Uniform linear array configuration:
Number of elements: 8
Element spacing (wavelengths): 1
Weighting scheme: hamming
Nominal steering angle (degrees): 60
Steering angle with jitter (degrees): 61.146
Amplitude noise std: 0.05
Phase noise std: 0.05

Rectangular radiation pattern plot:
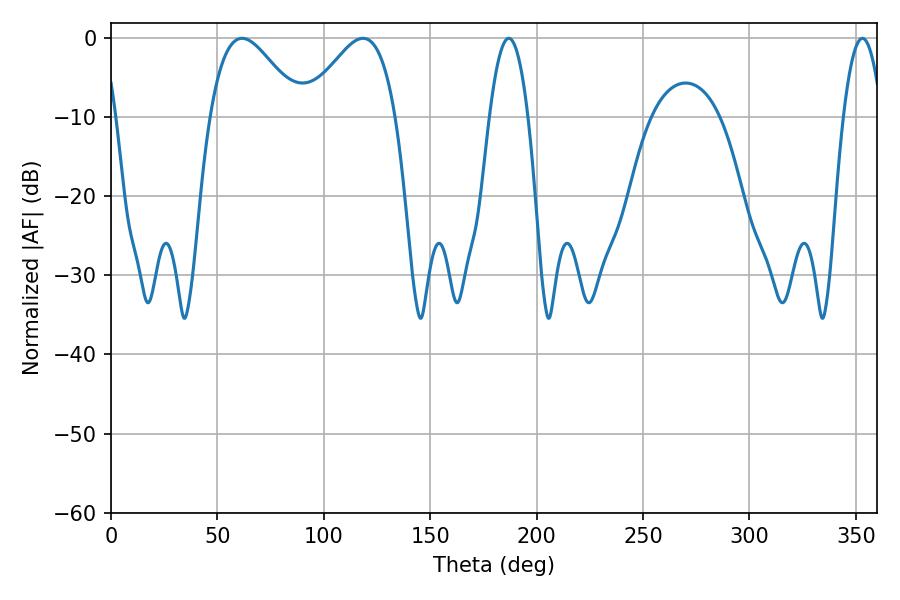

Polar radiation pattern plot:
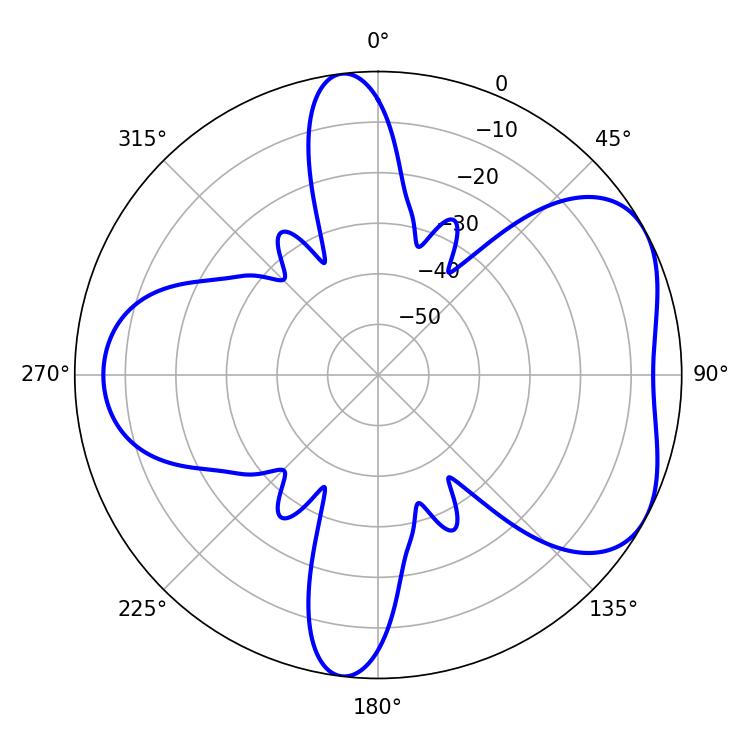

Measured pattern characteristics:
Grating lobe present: TRUE
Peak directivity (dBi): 5.134
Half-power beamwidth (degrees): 22.68
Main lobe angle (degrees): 61.56